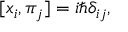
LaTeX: [ x _ { i } , \pi _ { j } ] = i \hbar \delta _ { i j } ,